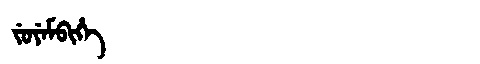
Manchu: ᠵᡠᠶᡝᠮᠪᡳᡥᡝ
Romanization: JUYEMBIHE